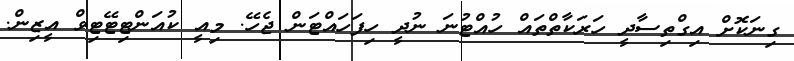
ގިނަކޮށް އިގްތިސާދީ ހަރަކާތްތައް ހުއްޓުނަ ނުދީ ހިފަހައްޓަން ޖެހޭ. މިއީ ކުއަންޓިޓޭޓިވް އީޒިން.